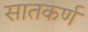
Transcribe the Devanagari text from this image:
सातकर्ण